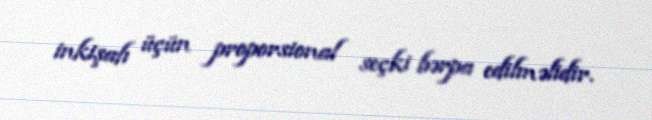
inkişafı üçün proporsional seçki bərpa edilməlidir.